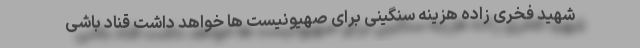
شهید فخری زاده هزینه سنگینی برای صهیونیست ها خواهد داشت قناد باشی